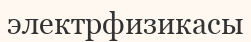
электрфизикасы